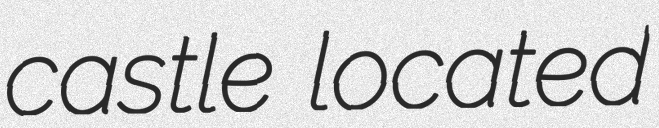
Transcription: castle located